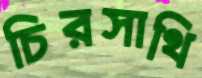
চিরসাথি